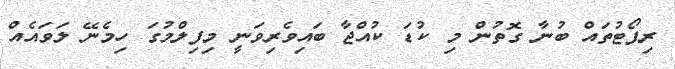
ރިޕޯޓުތައް ބުނާ ގޮތުން މި ކުޑަ ކުއްޖާ ބައިވެރިވަނީ މިފިލްމުގަ ހިމެނޭ ލަވައެއް